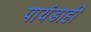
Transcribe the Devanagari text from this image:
पायंडाही